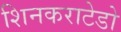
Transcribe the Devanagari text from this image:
शिनकराटेडो